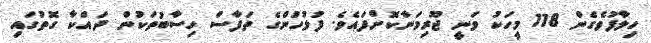
ހިލާފުވެގެން 118 މީހަކު ވަނީ ޖޫރިމަނާކޮށްފައެވެ. ފުލުހުންގެ ތަފާސް ހިސާބުތަކުން ދައްކާ ގޮތުގައި